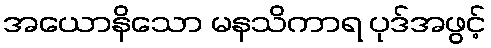
အယောနိသော မနသိကာရ ပုဒ်အဖွင့်